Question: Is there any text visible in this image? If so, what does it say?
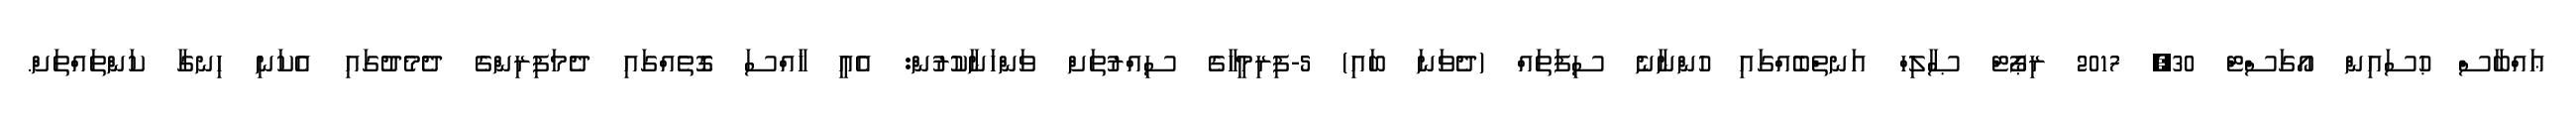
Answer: ޢައްބާސް ޙުސައިން އޯގަސްޓް 30, 2017 ރިޕޯޓް ޞާލިހް އަނތްބެއްގައި ހުންނާނެ ސިފަތައް (ދެވަނަ ބައި) 5-ފިރިމީހާގެ ސިއްރުތަށް ވަންހަނާކުރުން: އެއީ ޚާއްސަ ގޮތެއްގައި ދެމަފިރިންގެ ދެމެދުގައި އެކަނި ހިނގާ ކަންތައްތަށް.